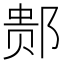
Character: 䣒